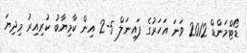
ޑޯޓްމަންޑް 2012 ވަނަ އަހަރުގެ ފައިނަލް 5-2 އިން ކާމިޔާބު ކުރިިއިރު މިދިޔަ